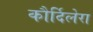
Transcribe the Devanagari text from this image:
कौर्दिलेरा